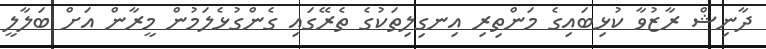
ދާނިޝް ރާޒުވާ ކުޅިބައިގެ މަންތިރި އިނގިލިތަކުގެ ތެރޭގައި ގެންގުޅެލަމުން މީރާން އަށް ބަލާލީ